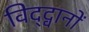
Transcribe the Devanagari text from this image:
विद्द्वानों